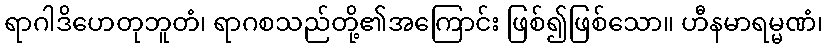
ရာဂါဒိဟေတုဘူတံ၊ ရာဂစသည်တို့၏အကြောင်း ဖြစ်၍ဖြစ်သော။ ဟီနမာရမ္မဏံ၊